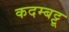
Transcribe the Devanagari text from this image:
कदम्बट्टू